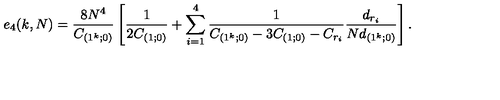
e _ { 4 } ( k , N ) = { \frac { 8 N ^ { 4 } } { C _ { ( 1 ^ { k } ; 0 ) } } } \left[ { \frac { 1 } { 2 C _ { ( 1 ; 0 ) } } } + \sum _ { i = 1 } ^ { 4 } { \frac { 1 } { C _ { ( 1 ^ { k } ; 0 ) } - 3 C _ { ( 1 ; 0 ) } - C _ { r _ { i } } } } { \frac { d _ { r _ { i } } } { N d _ { ( 1 ^ { k } ; 0 ) } } } \right] .